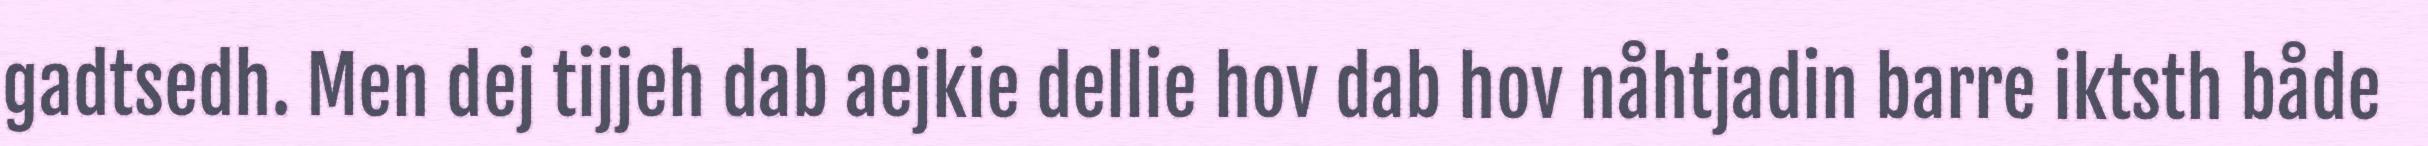
gadtsedh. Men dej tijjeh dab aejkie dellie hov dab hov nåhtjadin barre iktsth både